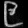
Digit: ၉